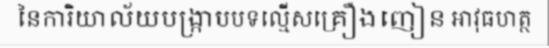
នៃការិយាល័យបង្ក្រាបបទល្មើសគ្រឿងញៀន អាវុធហត្ថ